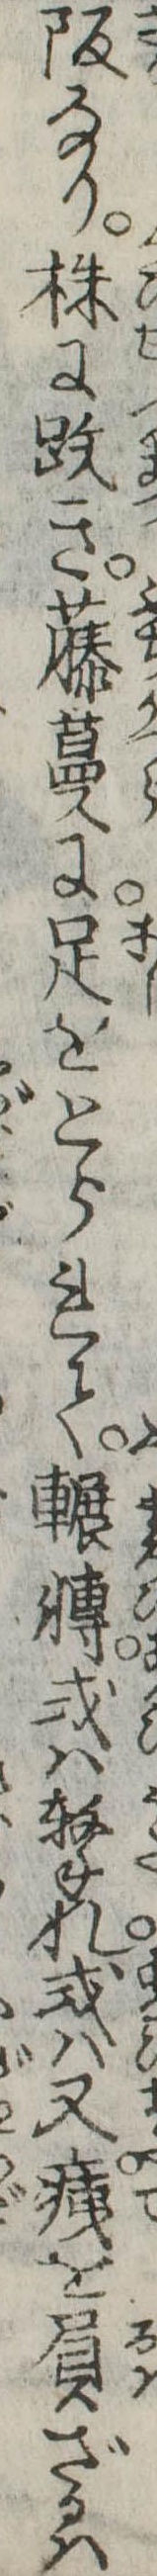
阪なり株に跌き藤蔓に足をとられて輾転或は撃れ或は又痍を負ざるは